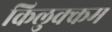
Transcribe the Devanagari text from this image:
किलुक्कम